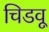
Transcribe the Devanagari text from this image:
चिडवू